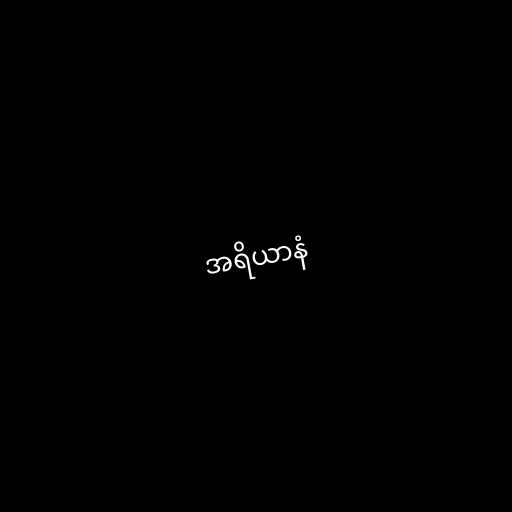
အရိယာနံ